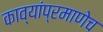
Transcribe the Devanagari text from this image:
काव्यांप्रमाणेच